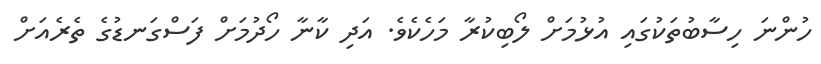
ހުންނަ ހިސާބުތަކުގައި އުޅުމަށް ލޯބިކުރާ މަހެކެވެ. އަދި ކާނާ ހޯދުމަށް ފަސްގަނޑުގެ ތެރެއަށް